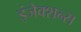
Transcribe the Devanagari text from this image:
इंजेक्शन्स